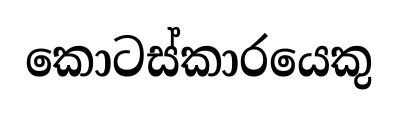
කොටස්කාරයෙකු